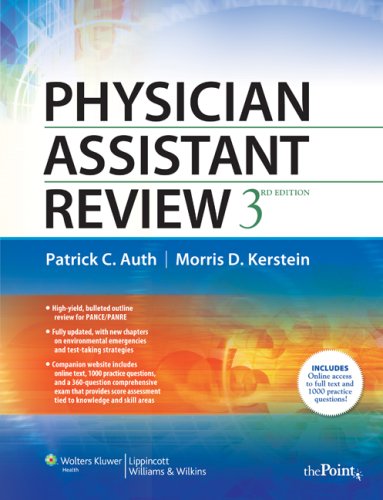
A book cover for Physician Assistant Review; Medical Books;